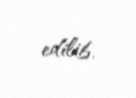
edilib.